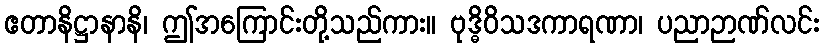
ဧတာနိဋ္ဌာနာနိ၊ ဤအကြောင်းတို့သည်ကား။ ဗုဒ္ဓိဝိသဒကာရဏာ၊ ပညာဉာဏ်လင်း